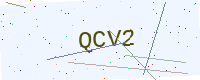
Text: QCV2